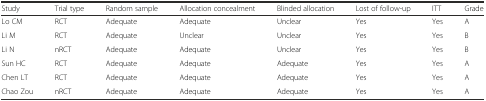
| Study | Trial type | Random sample | Allocation concealment | Blinded allocation | Lost of follow-up | ITT | Grade |
 | --- | --- | --- | --- | --- | --- | --- | --- |
 | Lo CM | RCT | Adequate | Adequate | Unclear | Yes | Yes | A |
 | Li M | RCT | Adequate | Unclear | Unclear | Yes | Yes | B |
 | Li N | nRCT | Adequate | Adequate | Unclear | Yes | Yes | B |
 | Sun HC | RCT | Adequate | Adequate | Adequate | Yes | Yes | A |
 | Chen LT | RCT | Adequate | Adequate | Adequate | Yes | Yes | A |
 | Chao Zou | nRCT | Adequate | Adequate | Adequate | Yes | Yes | A |